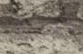
ندبة